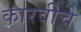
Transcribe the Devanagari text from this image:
कारवीचे